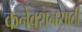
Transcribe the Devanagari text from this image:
कनेक्शनसाठी